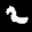
Label: 2